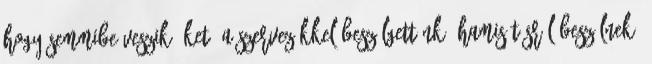
hogy semmibe veszik őket. A szervezőkkel beszélgettünk. Hamisításról beszélnek.